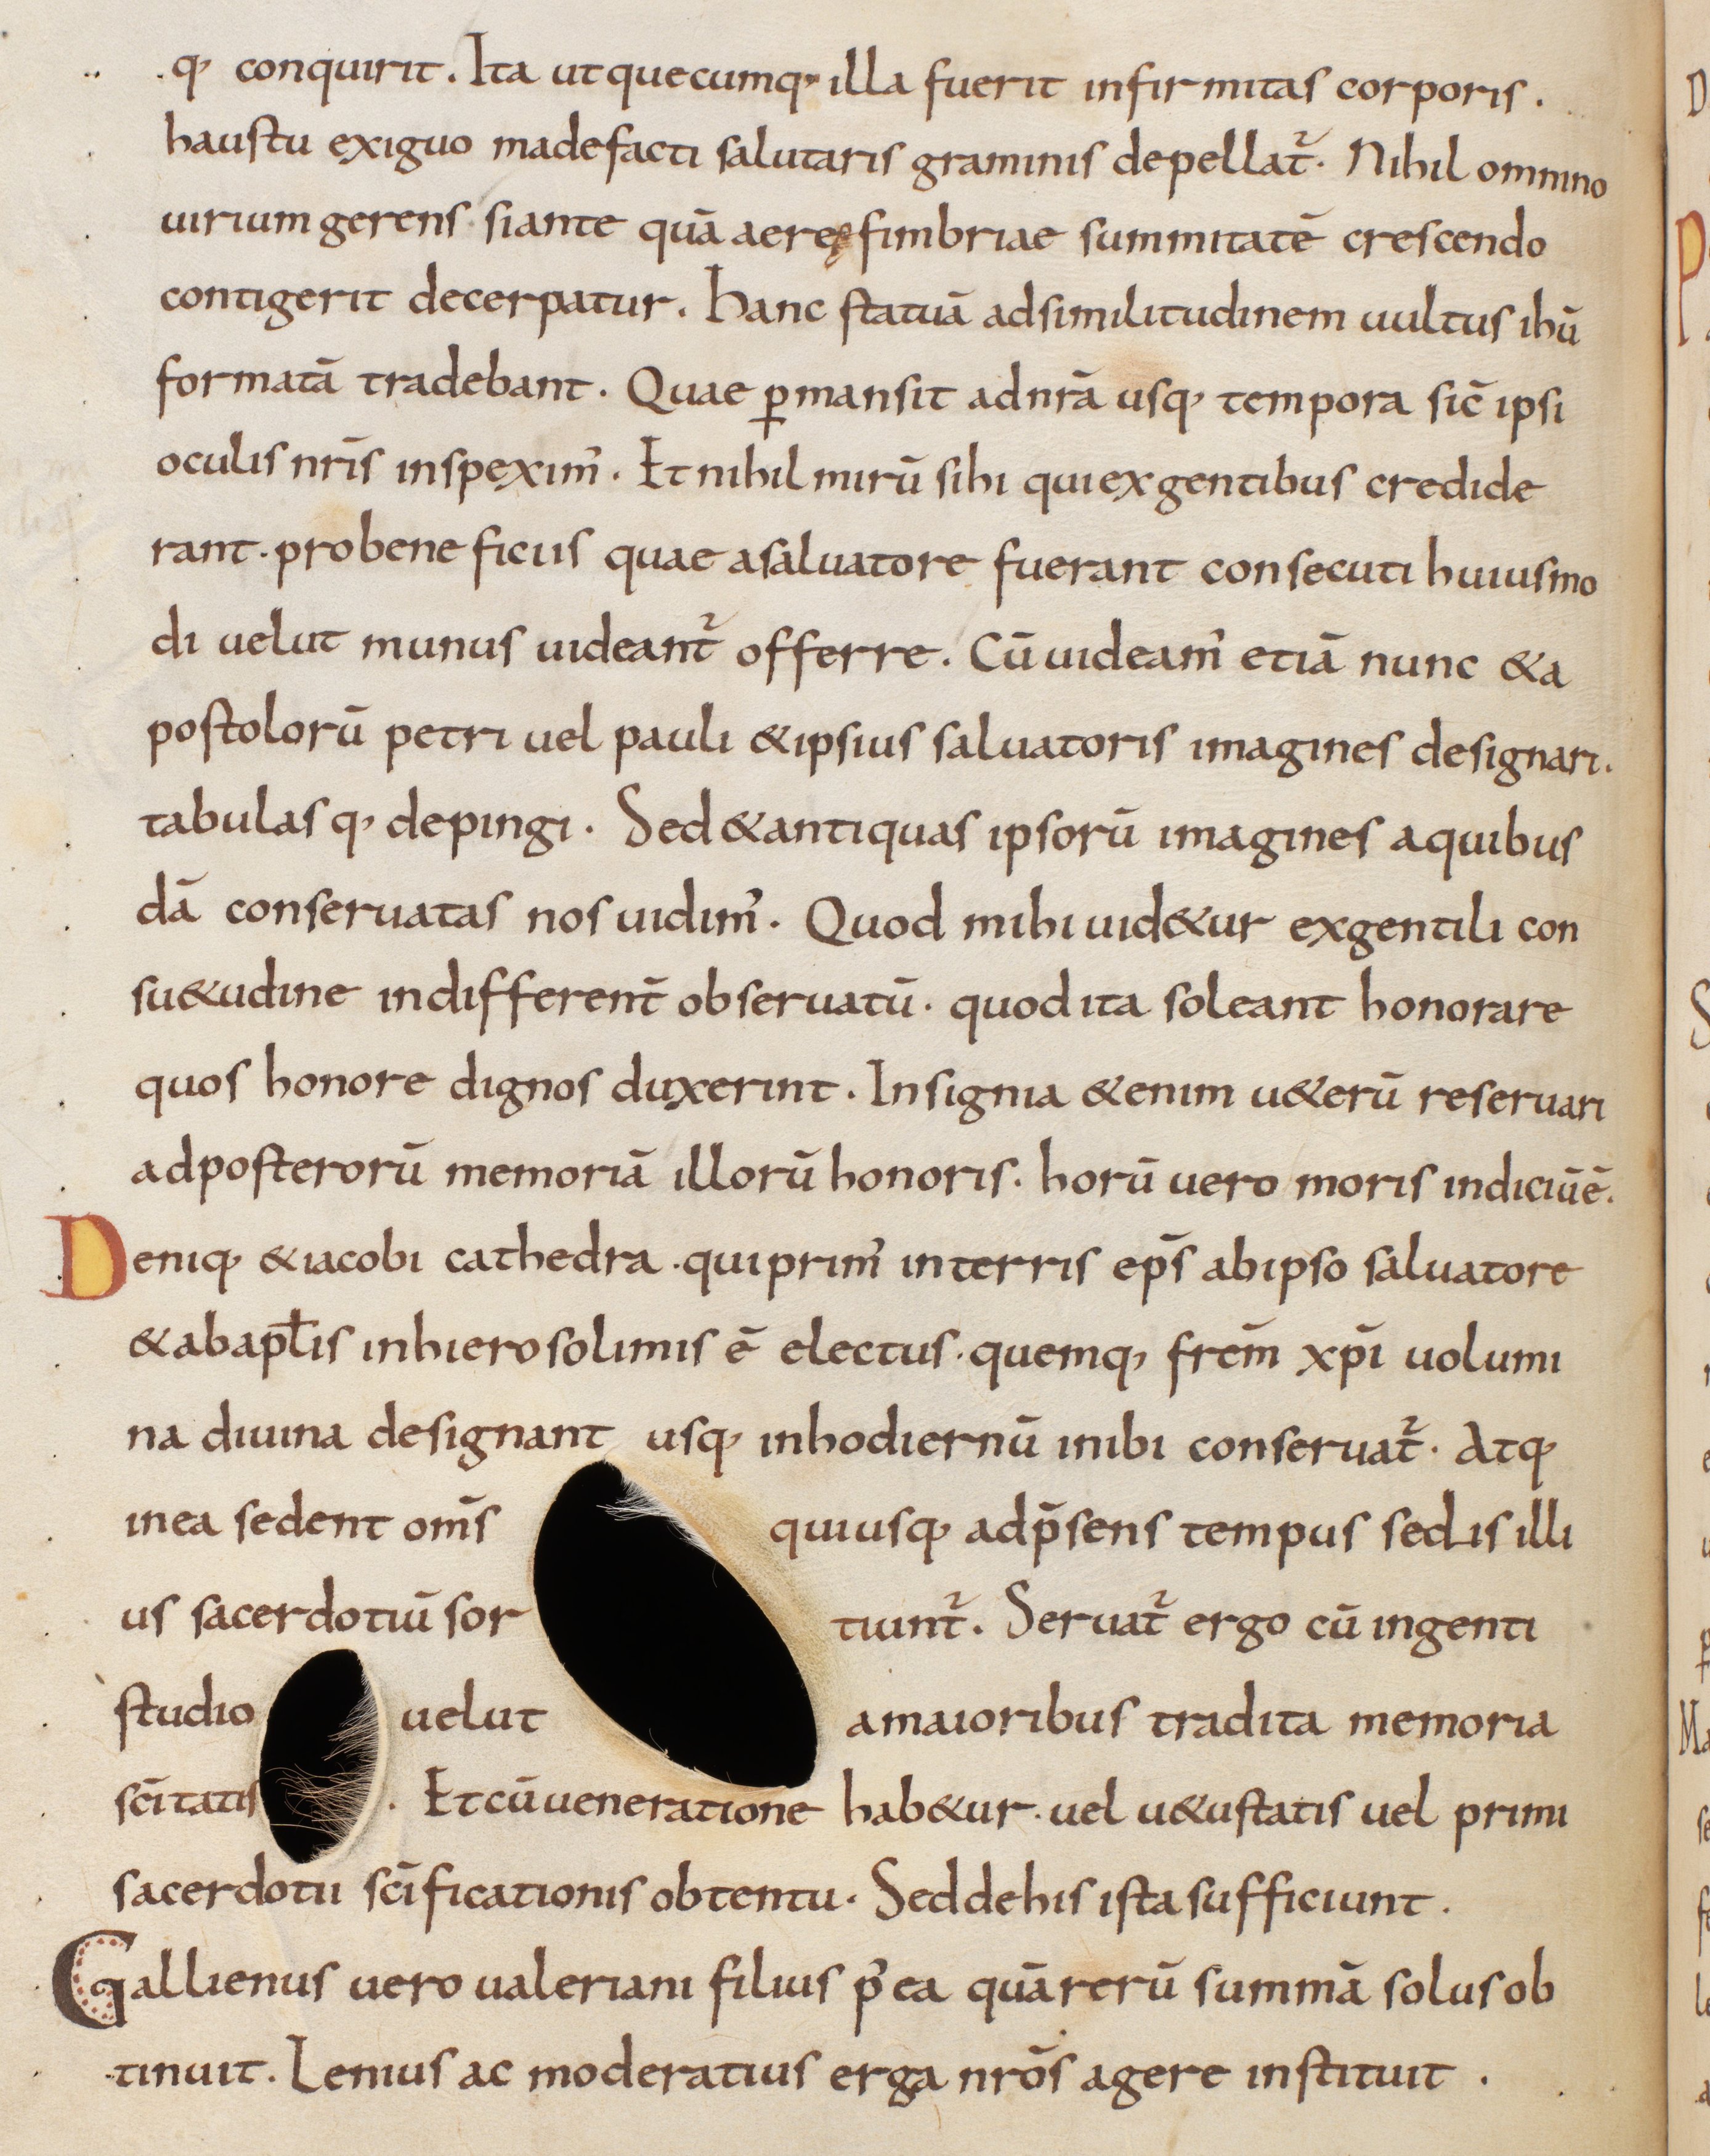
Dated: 833–865